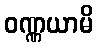
ဝဏ္ဏယာမိ